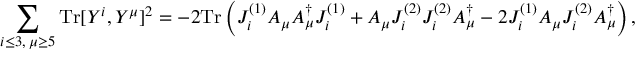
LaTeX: \sum _ { i \leq 3 , \; \mu \geq 5 } \mathrm { T r } [ Y ^ { i } , Y ^ { \mu } ] ^ { 2 } = - 2 \mathrm { T r } \left( J _ { i } ^ { ( 1 ) } A _ { \mu } A _ { \mu } ^ { \dag } J _ { i } ^ { ( 1 ) } + A _ { \mu } J _ { i } ^ { ( 2 ) } J _ { i } ^ { ( 2 ) } A _ { \mu } ^ { \dag } - 2 J _ { i } ^ { ( 1 ) } A _ { \mu } J _ { i } ^ { ( 2 ) } A _ { \mu } ^ { \dag } \right) ,